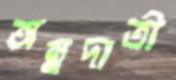
অন্নদাত্রী